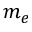
m _ { e }